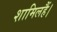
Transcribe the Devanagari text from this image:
शामिलहैं।